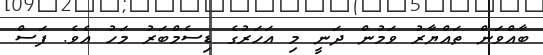
ބާއްވަން ތައްޔާރު ވަމުން ދަނީ މި އަހަރުގެ ޑިސެމްބަރު މަހު އެވެ. ފަސް